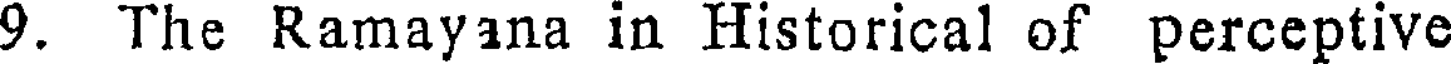
9. The Ramayana in Historical of perceptive